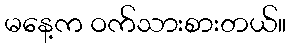
မနေ့က ဝက်သားစားတယ်။